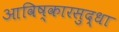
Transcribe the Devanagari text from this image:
आविष्कारसुद्धा